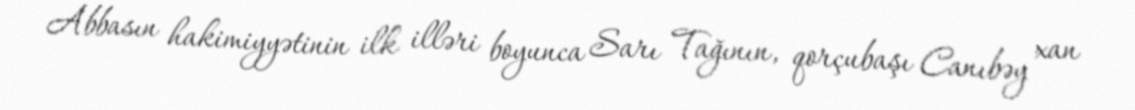
Abbasın hakimiyyətinin ilk illəri boyunca Sarı Tağının, qorçubaşı Canıbəy xan